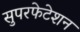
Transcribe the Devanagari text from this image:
सुपरफेटेशन